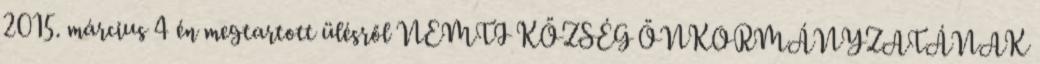
2015. március 4 én megtartott ülésről NEMTI KÖZSÉG ÖNKORMÁNYZATÁNAK